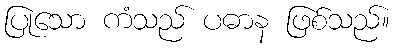
ပြုသော ကံသည် ပဓာန ဖြစ်သည်။